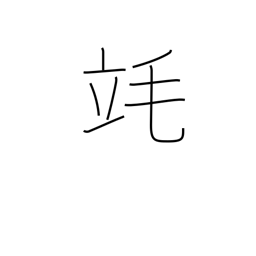
Meaning: millilitre